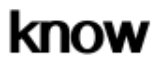
know